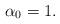
LaTeX: \begin{align*}\alpha_0=1.\end{align*}